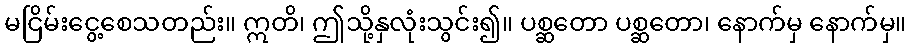
မငြိမ်းငွေ့စေသတည်း။ ဣတိ၊ ဤသို့နှလုံးသွင်း၍။ ပစ္ဆတော ပစ္ဆတော၊ နောက်မှ နောက်မှ။